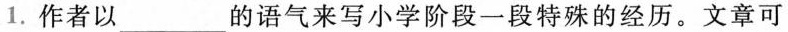
1.作者以___的语气来写小学阶段一段特殊的经历。文章可